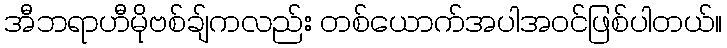
အီဘရာဟီမိုဗစ်ချ်ကလည်း တစ်ယောက်အပါအဝင်ဖြစ်ပါတယ်။